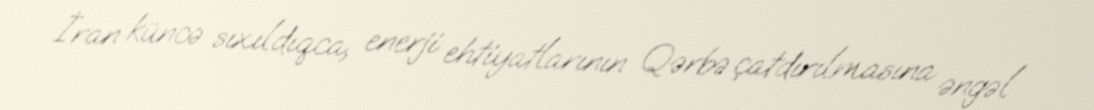
İran küncə sıxıldıqca, enerji ehtiyatlarının Qərbə çatdırılmasına əngəl